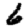
Digit: 6